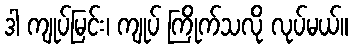
ဒါ ကျုပ်မြင်း၊ ကျုပ် ကြိုက်သလို လုပ်မယ်။